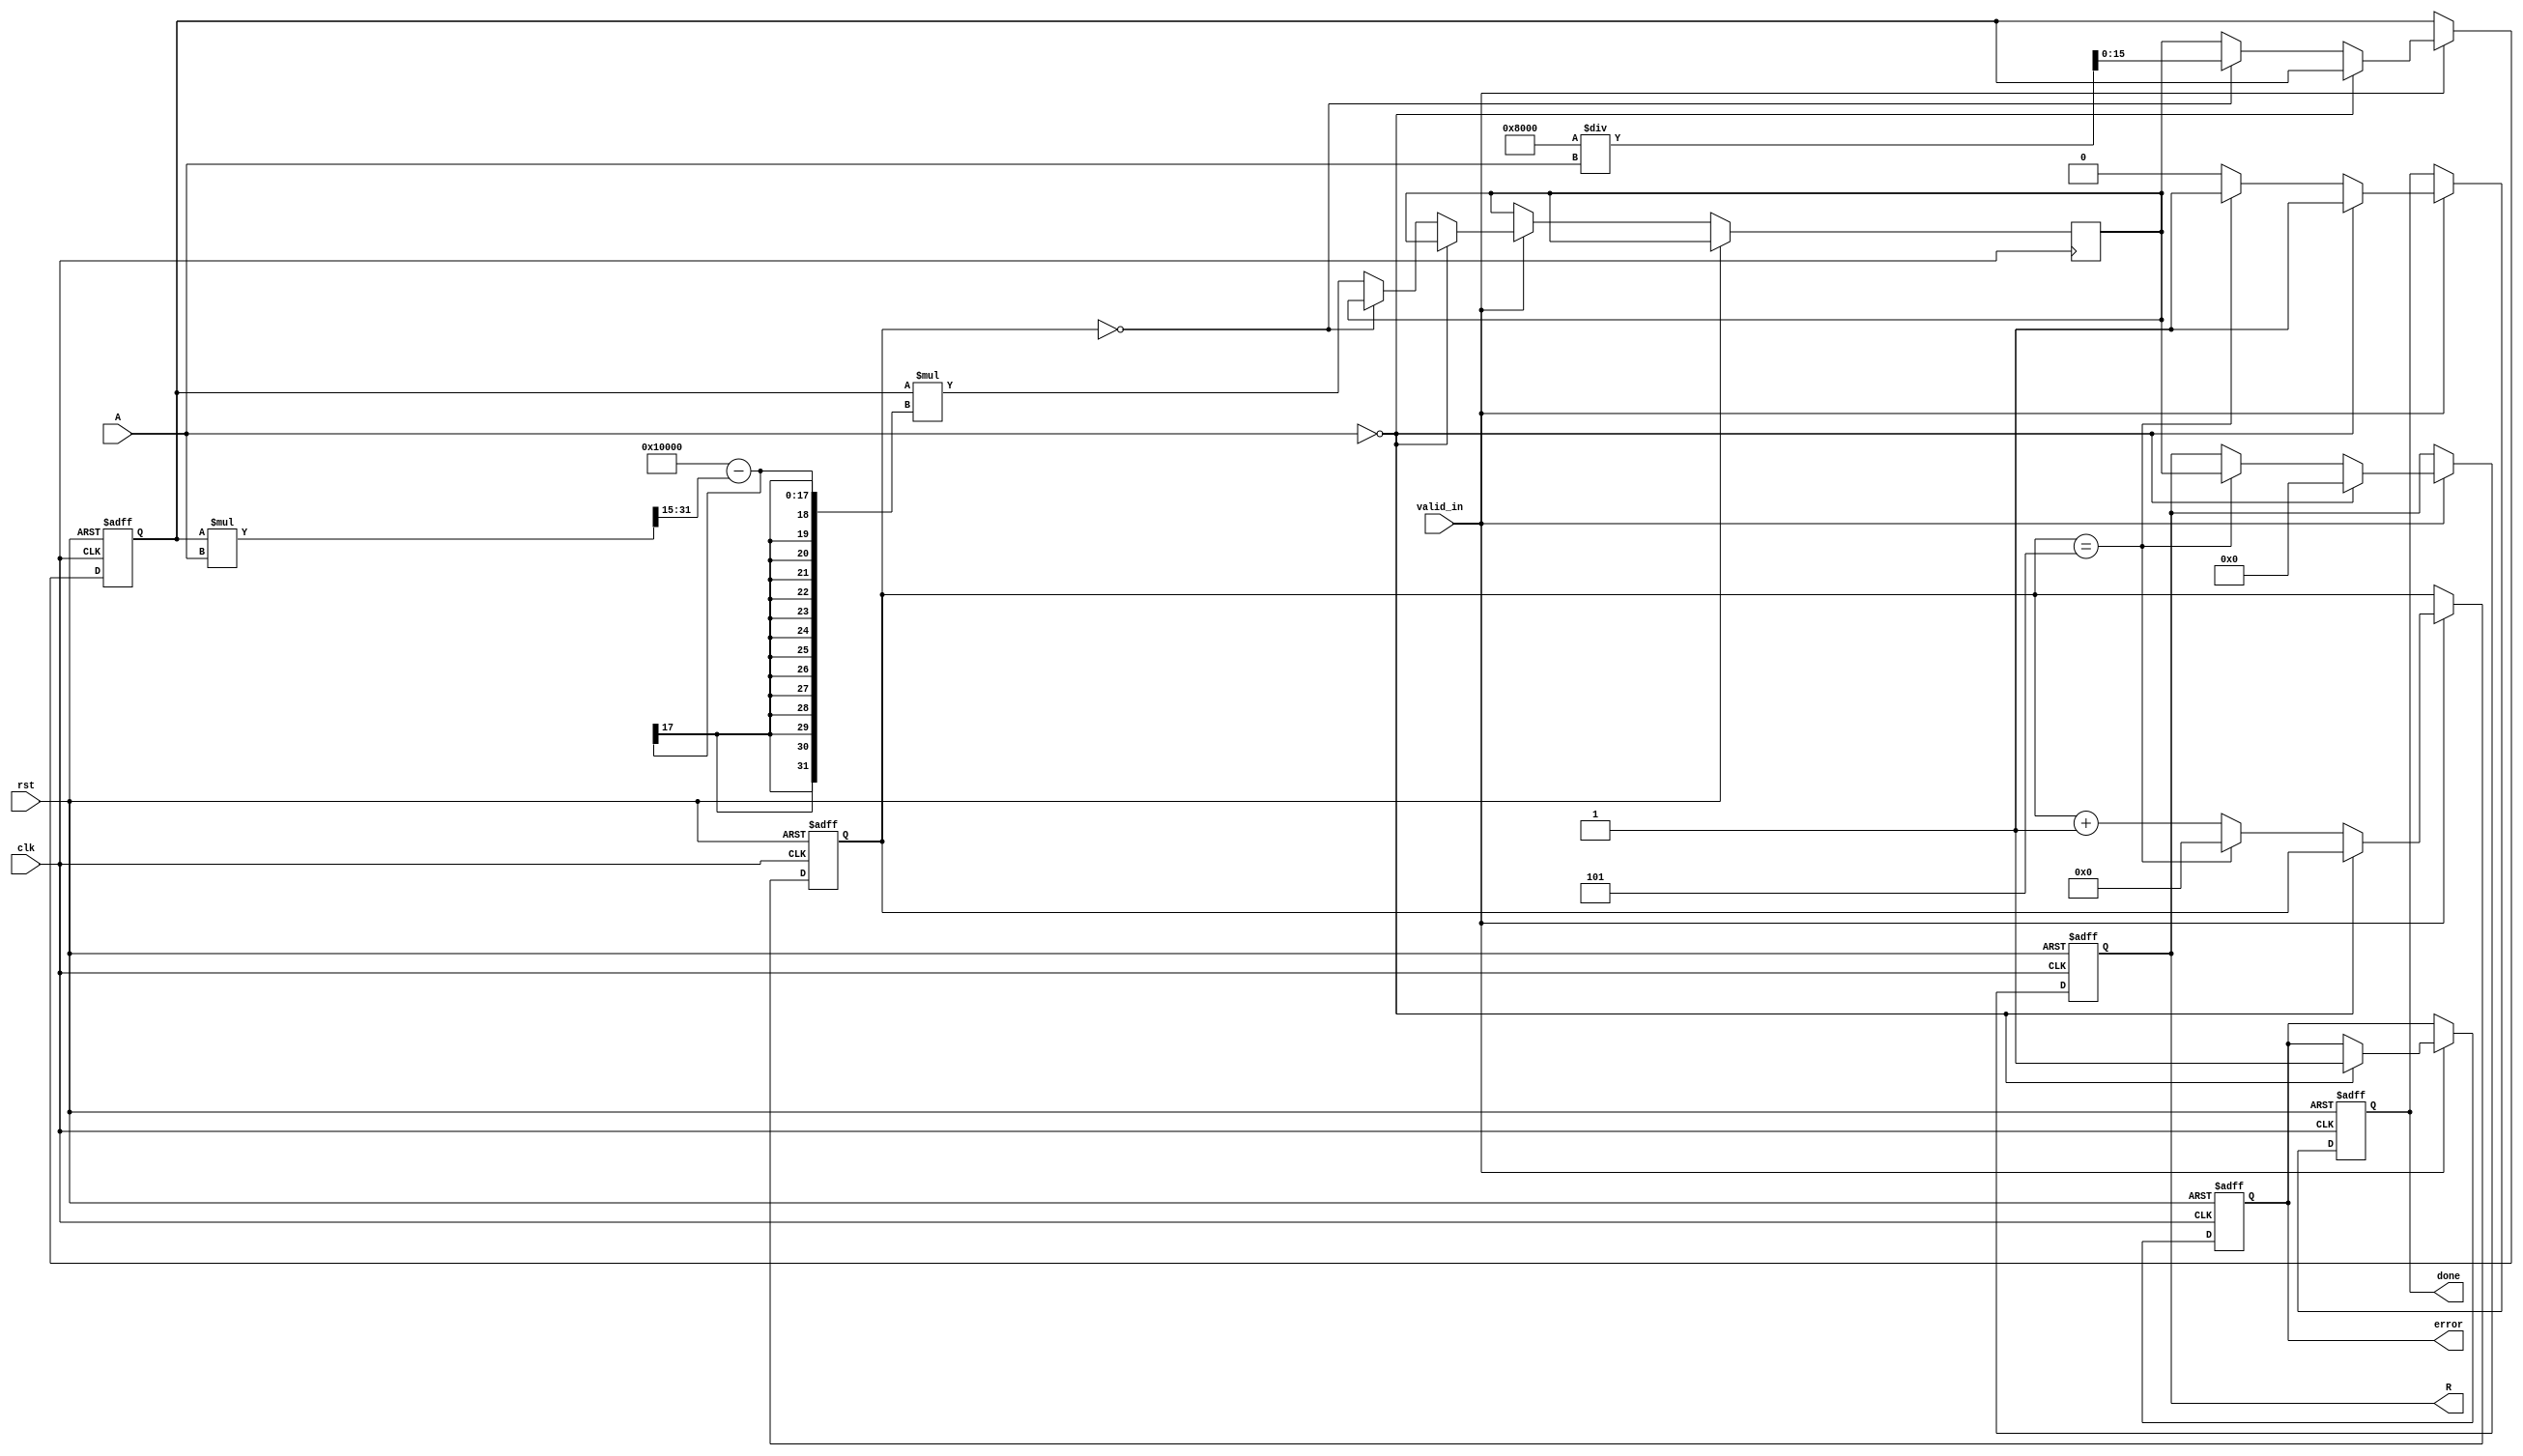
module iterative_reciprocal #(
    parameter N = 16,        // Number of bits for input
    parameter M = 16,        // Number of bits for output
    parameter ITERATIONS = 5 // Number of iterations for convergence
)(
    input wire clk,
    input wire rst,
    input wire valid_in,
    input wire [N-1:0] A,    // Fixed-point input
    output reg [M-1:0] R,     // Fixed-point reciprocal output
    output reg done,          // Indicates the output is valid
    output reg error          // Indicates an error condition
);

    reg [M-1:0] x_n;          // Current estimate
    reg [M-1:0] x_n_plus_1;  // Next estimate
    reg [4:0] iteration_count; // Counter for iterations

    always @(posedge clk or posedge rst) begin
        if (rst) begin
            x_n <= 0;
            R <= 0;
            done <= 0;
            error <= 0;
            iteration_count <= 0;
        end else if (valid_in) begin
            if (A == 0) begin
                // Handle zero input case
                R <= {M{1'b0}}; // Set output to zero
                error <= 1;
                done <= 1;
            end else begin
                if (iteration_count == 0) begin
                    // Initial estimate (1 / A) * 2^M
                    // Assuming fixed-point representation -> M bits for output
                    x_n <= (1 << (M-1)) / A; // Initial approximate x_n
                end else begin
                    // Iterative computation of reciprocal using Newton-Raphson method
                    x_n_plus_1 <= x_n * ((1 << M) - (x_n * A >> (M-1))); // x_n * (2 - x_n * A)

                    // Update x_n
                    x_n <= x_n_plus_1;
                end
                
                // Increment iteration count
                iteration_count <= iteration_count + 1;

                // Check if maximum iterations reached
                if (iteration_count == ITERATIONS) begin
                    R <= x_n_plus_1; // Final result
                    done <= 1;       // Signal done
                    iteration_count <= 0; // Reset iteration count for next input
                end else begin
                    done <= 0; // Still processing
                end
            end
        end
    end

endmodule